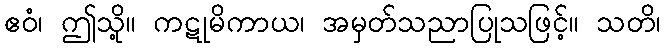
ဧဝံ၊ ဤသို့။ ကဋုမိကာယ၊ အမှတ်သညာပြုသဖြင့်။ သတိ၊